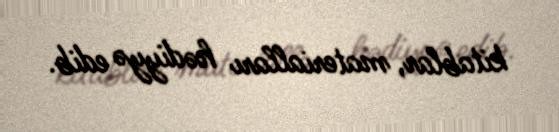
kitablar, materialları hədiyyə edib.